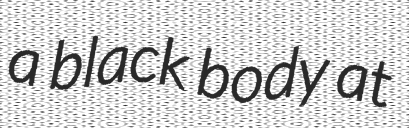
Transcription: a black body at